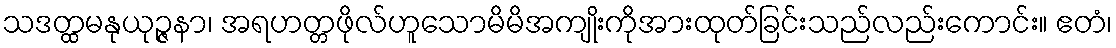
သဒတ္ထမနုယုဉ္ဇနာ၊ အရဟတ္တဖိုလ်ဟူသောမိမိအကျိုးကိုအားထုတ်ခြင်းသည်လည်းကောင်း။ ဧတံ၊